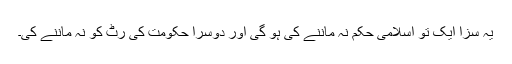
یہ سزا ایک تو اسلامی حکم نہ ماننے کی ہو گی اور دوسرا حکومت کی رٹ کو نہ ماننے کی۔